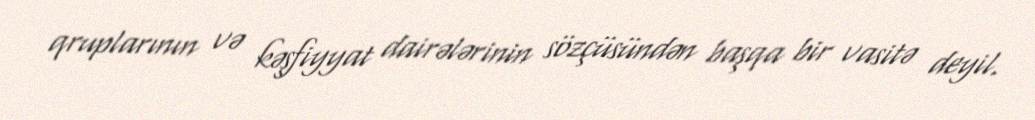
qruplarının və kəşfiyyat dairələrinin sözçüsündən başqa bir vasitə deyil.